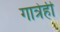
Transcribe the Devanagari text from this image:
गात्रेही